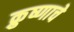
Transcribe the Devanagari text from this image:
क्रुष्णाचे